Leaving Certificate Examination (including Day School Certificate (Higher) General paper), 1931
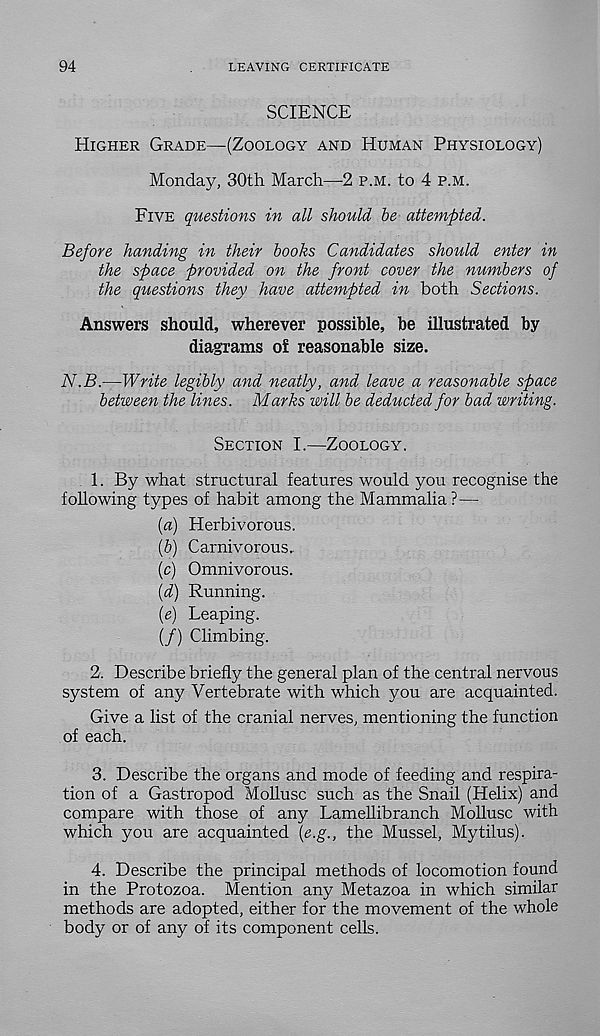
94
LEAVING CERTIFICATE
SCIENCE
Higher Grade—(Zoology and Human Physiology)
Monday, 30th March—2 p.m. to 4 p.m.
Five questions in all should be attempted.
Before handing in their books Candidates should enter in
the space provided on the front cover the numbers of
the questions they have attempted in both Sections.
Answers should, wherever possible, be illustrated by
diagrams of reasonable size.
N.B.—Write legibly and neatly, and leave a reasonable space
between the lines. Marks will be deducted for bad writing.
Section I.—Zoology.
1. By what structural features would you recognise the
following types of habit among the Mammalia ?—
(a) Herbivorous.
(b) Carnivorous.
(c) Omnivorous.
{d) Running.
(e) Leaping.
(/) Climbing.
2. Describe briefly the general plan of the central nervous
system of any Vertebrate with which you are acquainted.
Give a list of the cranial nerves, mentioning the function
of each.
3. Describe the organs and mode of feeding and respira-
tion of a Gastropod Mollusc such as the Snail (Helix) and
compare with those of any Lamellibranch Mollusc with
which you are acquainted (e.g., the Mussel, Mytilus).
4. Describe the principal methods of locomotion found
in the Protozoa. Mention any Metazoa in which similar
methods are adopted, either for the movement of the whole
body or of any of its component cells.